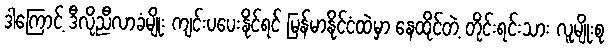
ဒါကြောင့် ဒီလိုညီလာခံမျိုး ကျင်းပပေးနိုင်ရင် မြန်မာနိုင်ငံထဲမှာ နေထိုင်တဲ့ တိုင်းရင်းသား လူမျိုးစု